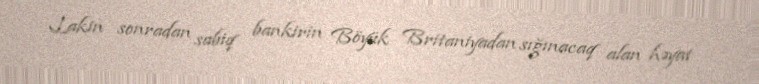
Lakin sonradan sabiq bankirin Böyük Britaniyadan sığınacaq alan həyat